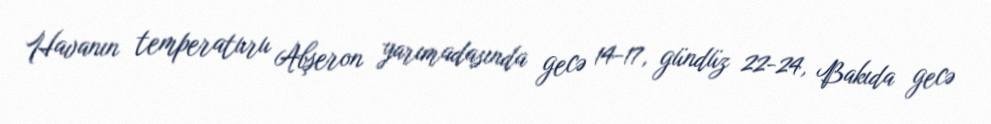
Havanın temperaturu Abşeron yarımadasında gecə 14-17, gündüz 22-24, Bakıda gecə